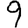
Digit: 9